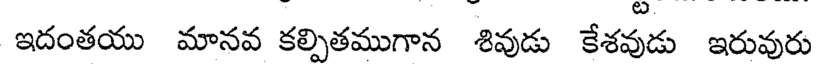
ఇదంతయు మానవ కల్పితముగాన శివుడు కేశవుడు ఇరువురు